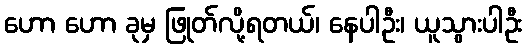
ဟော ဟော ခုမှ ဖြုတ်လို့ရတယ်၊ နေပါဦး၊ ယူသွားပါဦး